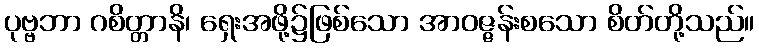
ပုဗ္ဗဘာ ဂစိတ္တာနိ၊ ရှေးအဖို့၌ဖြစ်သော အာဝဇ္ဇန်းစသော စိတ်တို့သည်။